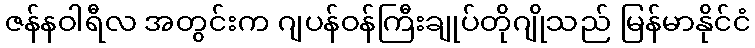
ဇန်နဝါရီလ အတွင်းက ဂျပန်ဝန်ကြီးချုပ်တိုဂျိုသည် မြန်မာနိုင်ငံ